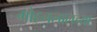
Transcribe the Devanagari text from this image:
मोहनलालच्या